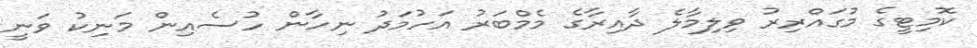
ކޮމިޓީގެ މުގައްރިރު ވިލިމާލެ ދާއިރާގެ މެމްބަރު އަހުމަދު ނިހާން ހުސެއިން މަނިކު ވަނީ